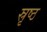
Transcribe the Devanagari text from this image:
स्रृष्ठ